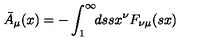
\bar { A } _ { \mu } ( x ) = - \int _ { 1 } ^ { \infty } \! \! d s s x ^ { \nu } F _ { \nu \mu } ( s x )